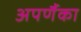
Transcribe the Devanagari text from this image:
अपर्णैका